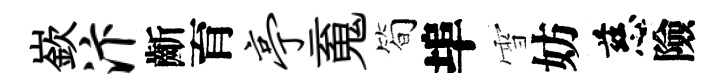
嶔汴齗育亭䰟简埠雪妨慈險